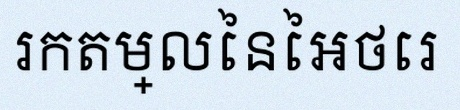
រកតម្លៃនៃអថេរ